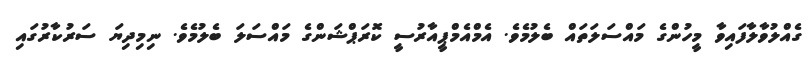
ގެއްލުވާލާފައިވާ މީހުންގެ މައްސަލަތައް ބެލުމެވެ. އެމްއެމްޕީއާރުސީ ކޮރަޕްޝަންގެ މައްސަލަ ބެލުމެވެ. ނިމިދިޔަ ސަރުކާރުގައި